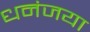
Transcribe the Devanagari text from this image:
धनंजया